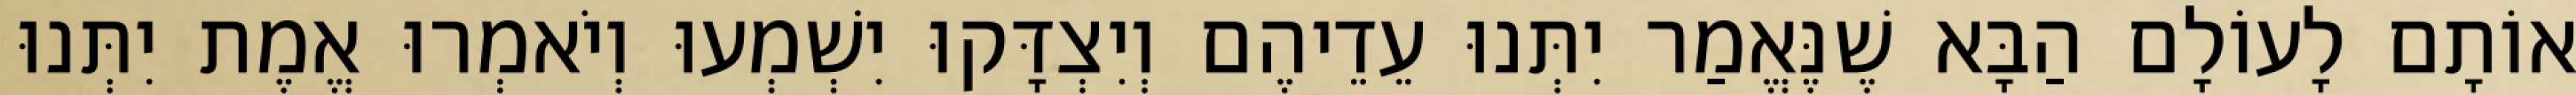
אוֹתָם לָעוֹלָם הַבָּא שֶׁנֶּאֱמַר יִתְּנוּ עֵדֵיהֶם וְיִצְדָּקוּ יִשְׁמְעוּ וְיֹאמְרוּ אֱמֶת יִתְּנוּ